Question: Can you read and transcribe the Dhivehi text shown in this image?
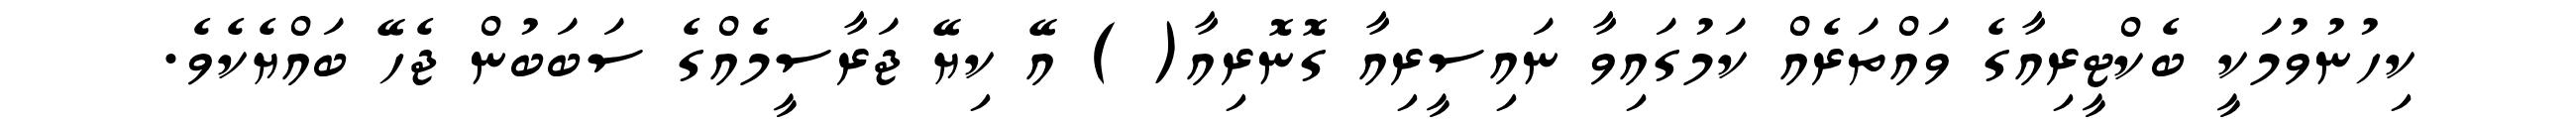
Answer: ކިހުނުވުމަކީ ބެކްޓީރިއާގެ ވައްތަރެއް ކަމުގައިވާ ނައިސީރިއާ ގޮނޮރިއާ( ) އޭ ކިޔޭ ޖަރާސީމެއްގެ ސަބަބުން ޖެހޭ ބައްޔެކެވެ.